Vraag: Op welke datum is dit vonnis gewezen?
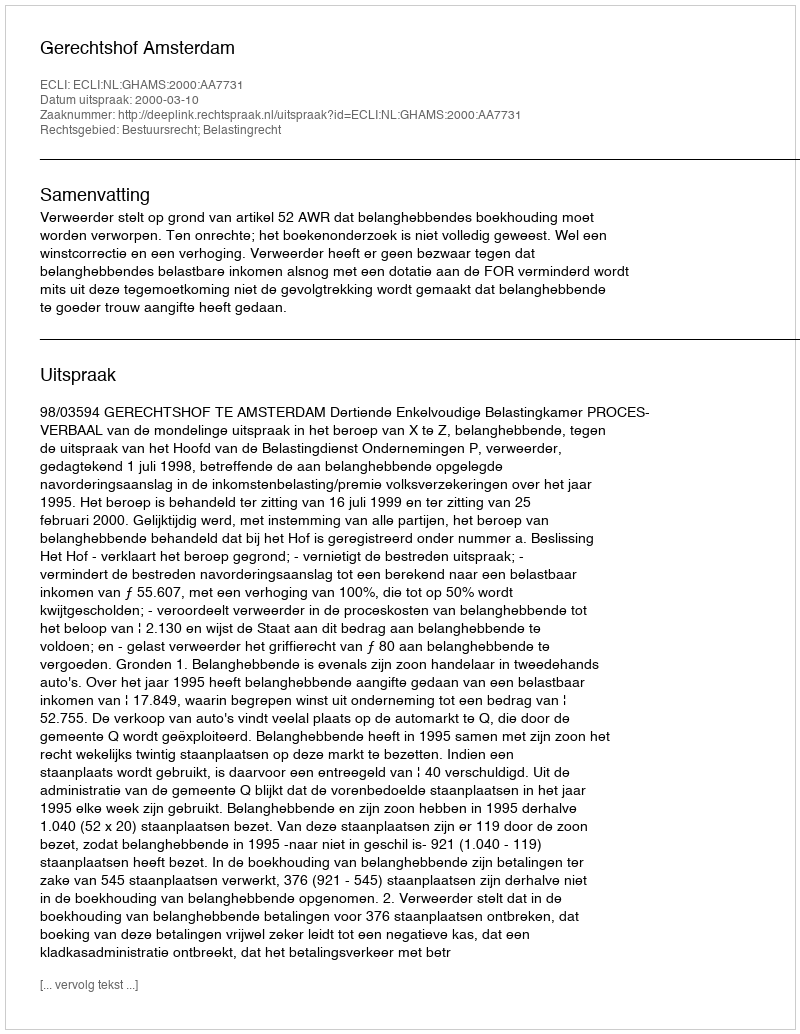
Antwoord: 2000-03-10